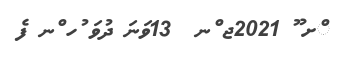
ްށ ޫ 2021ޖ ްނ  13ވަނަ ދުވަ ުހ ްނ ފެ